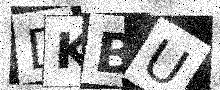
Text: DKBU